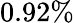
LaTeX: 0.92\%